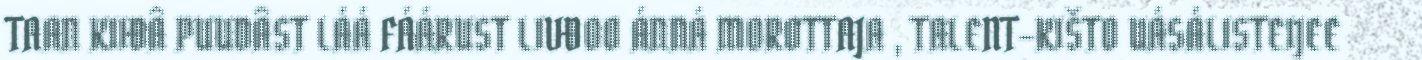
TAAN KIIĐÂ PUUDÂST LÁÁ FÁÁRUST LIVĐOO ÁNNÁ MOROTTAJA , TALENT-KIŠTO UÁSÁLISTEIJEE